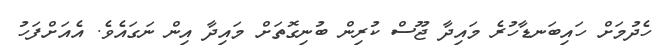
ހެދުމަށް ހައިބަނޑާހުރެ މައިދާ ޖޫސް ކުރިން ބުނިގޮތަށް މައިދާ އިން ނަގައެވެ. އެއަށްފަހު